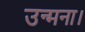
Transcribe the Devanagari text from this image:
उन्मना।